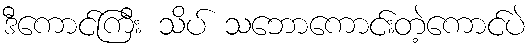
ဒီကောင်ကြီး သိပ် သဘောကောင်းတဲ့ကောင်ပဲ